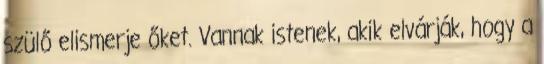
szülő elismerje őket. Vannak istenek, akik elvárják, hogy a